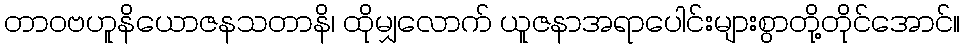
တာဝဗဟူနိယောဇနသတာနိ၊ ထိုမျှလောက် ယူဇနာအရာပေါင်းများစွာတို့တိုင်အောင်။